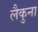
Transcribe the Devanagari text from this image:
लैकुना